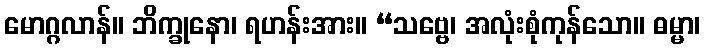
မောဂ္ဂလာန်။ ဘိက္ခုနော၊ ရဟန်းအား။ “သဗ္ဗေ၊ အလုံးစုံကုန်သော။ ဓမ္မာ၊